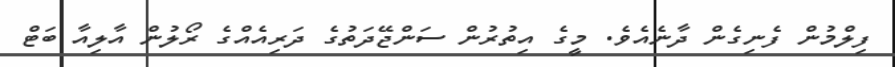
ފިލްމުން ފެނިގެން ދާނެއެވެ. މީގެ އިތުރުން ސަންޖޭދަތުގެ ދަރިއެއްގެ ރޯލުން އާލިއާ ބަޓް